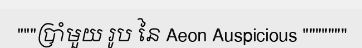
"""ប្រាំមួយ រូប នៃ Aeon Auspicious """""""